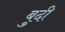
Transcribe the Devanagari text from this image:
बुदी